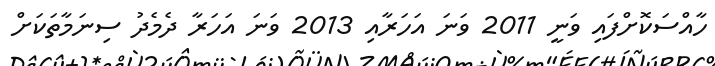
ހާއްސަކޮށްފައި ވަނީ 2011 ވަނަ އަހަރާއި 2013 ވަނަ އަހަރާ ދެމެދު ސިނަމާތަކަށް